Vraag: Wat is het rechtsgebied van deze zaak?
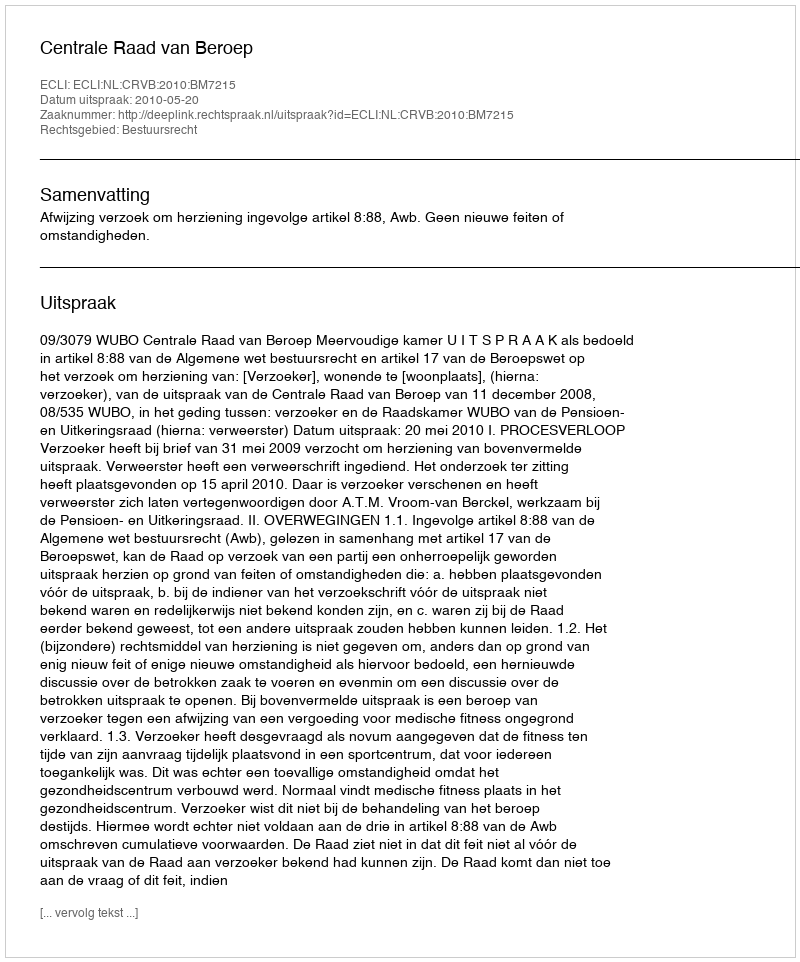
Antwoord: Bestuursrecht